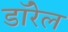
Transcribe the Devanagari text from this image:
डॉरेल